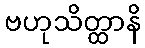
ဗဟုသိတ္ထာနိ